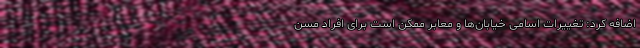
اضافه کرد: تغییرات اسامی خیابان‌ها و معابر ممکن است برای افراد مسن